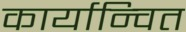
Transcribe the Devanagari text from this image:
कार्यान्‍वित